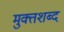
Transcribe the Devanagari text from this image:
मुक्तशब्द